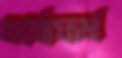
থর্মোফর্ম